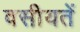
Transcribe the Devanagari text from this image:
वसीयतें